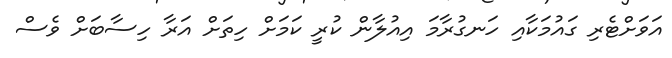
އަވަށްޓެރި ގައުމަކާއި ހަނގުރާމަ އިއުލާން ކުރީ ކަމަށް ހިތަށް އަރާ ހިސާބަށް ވެސް